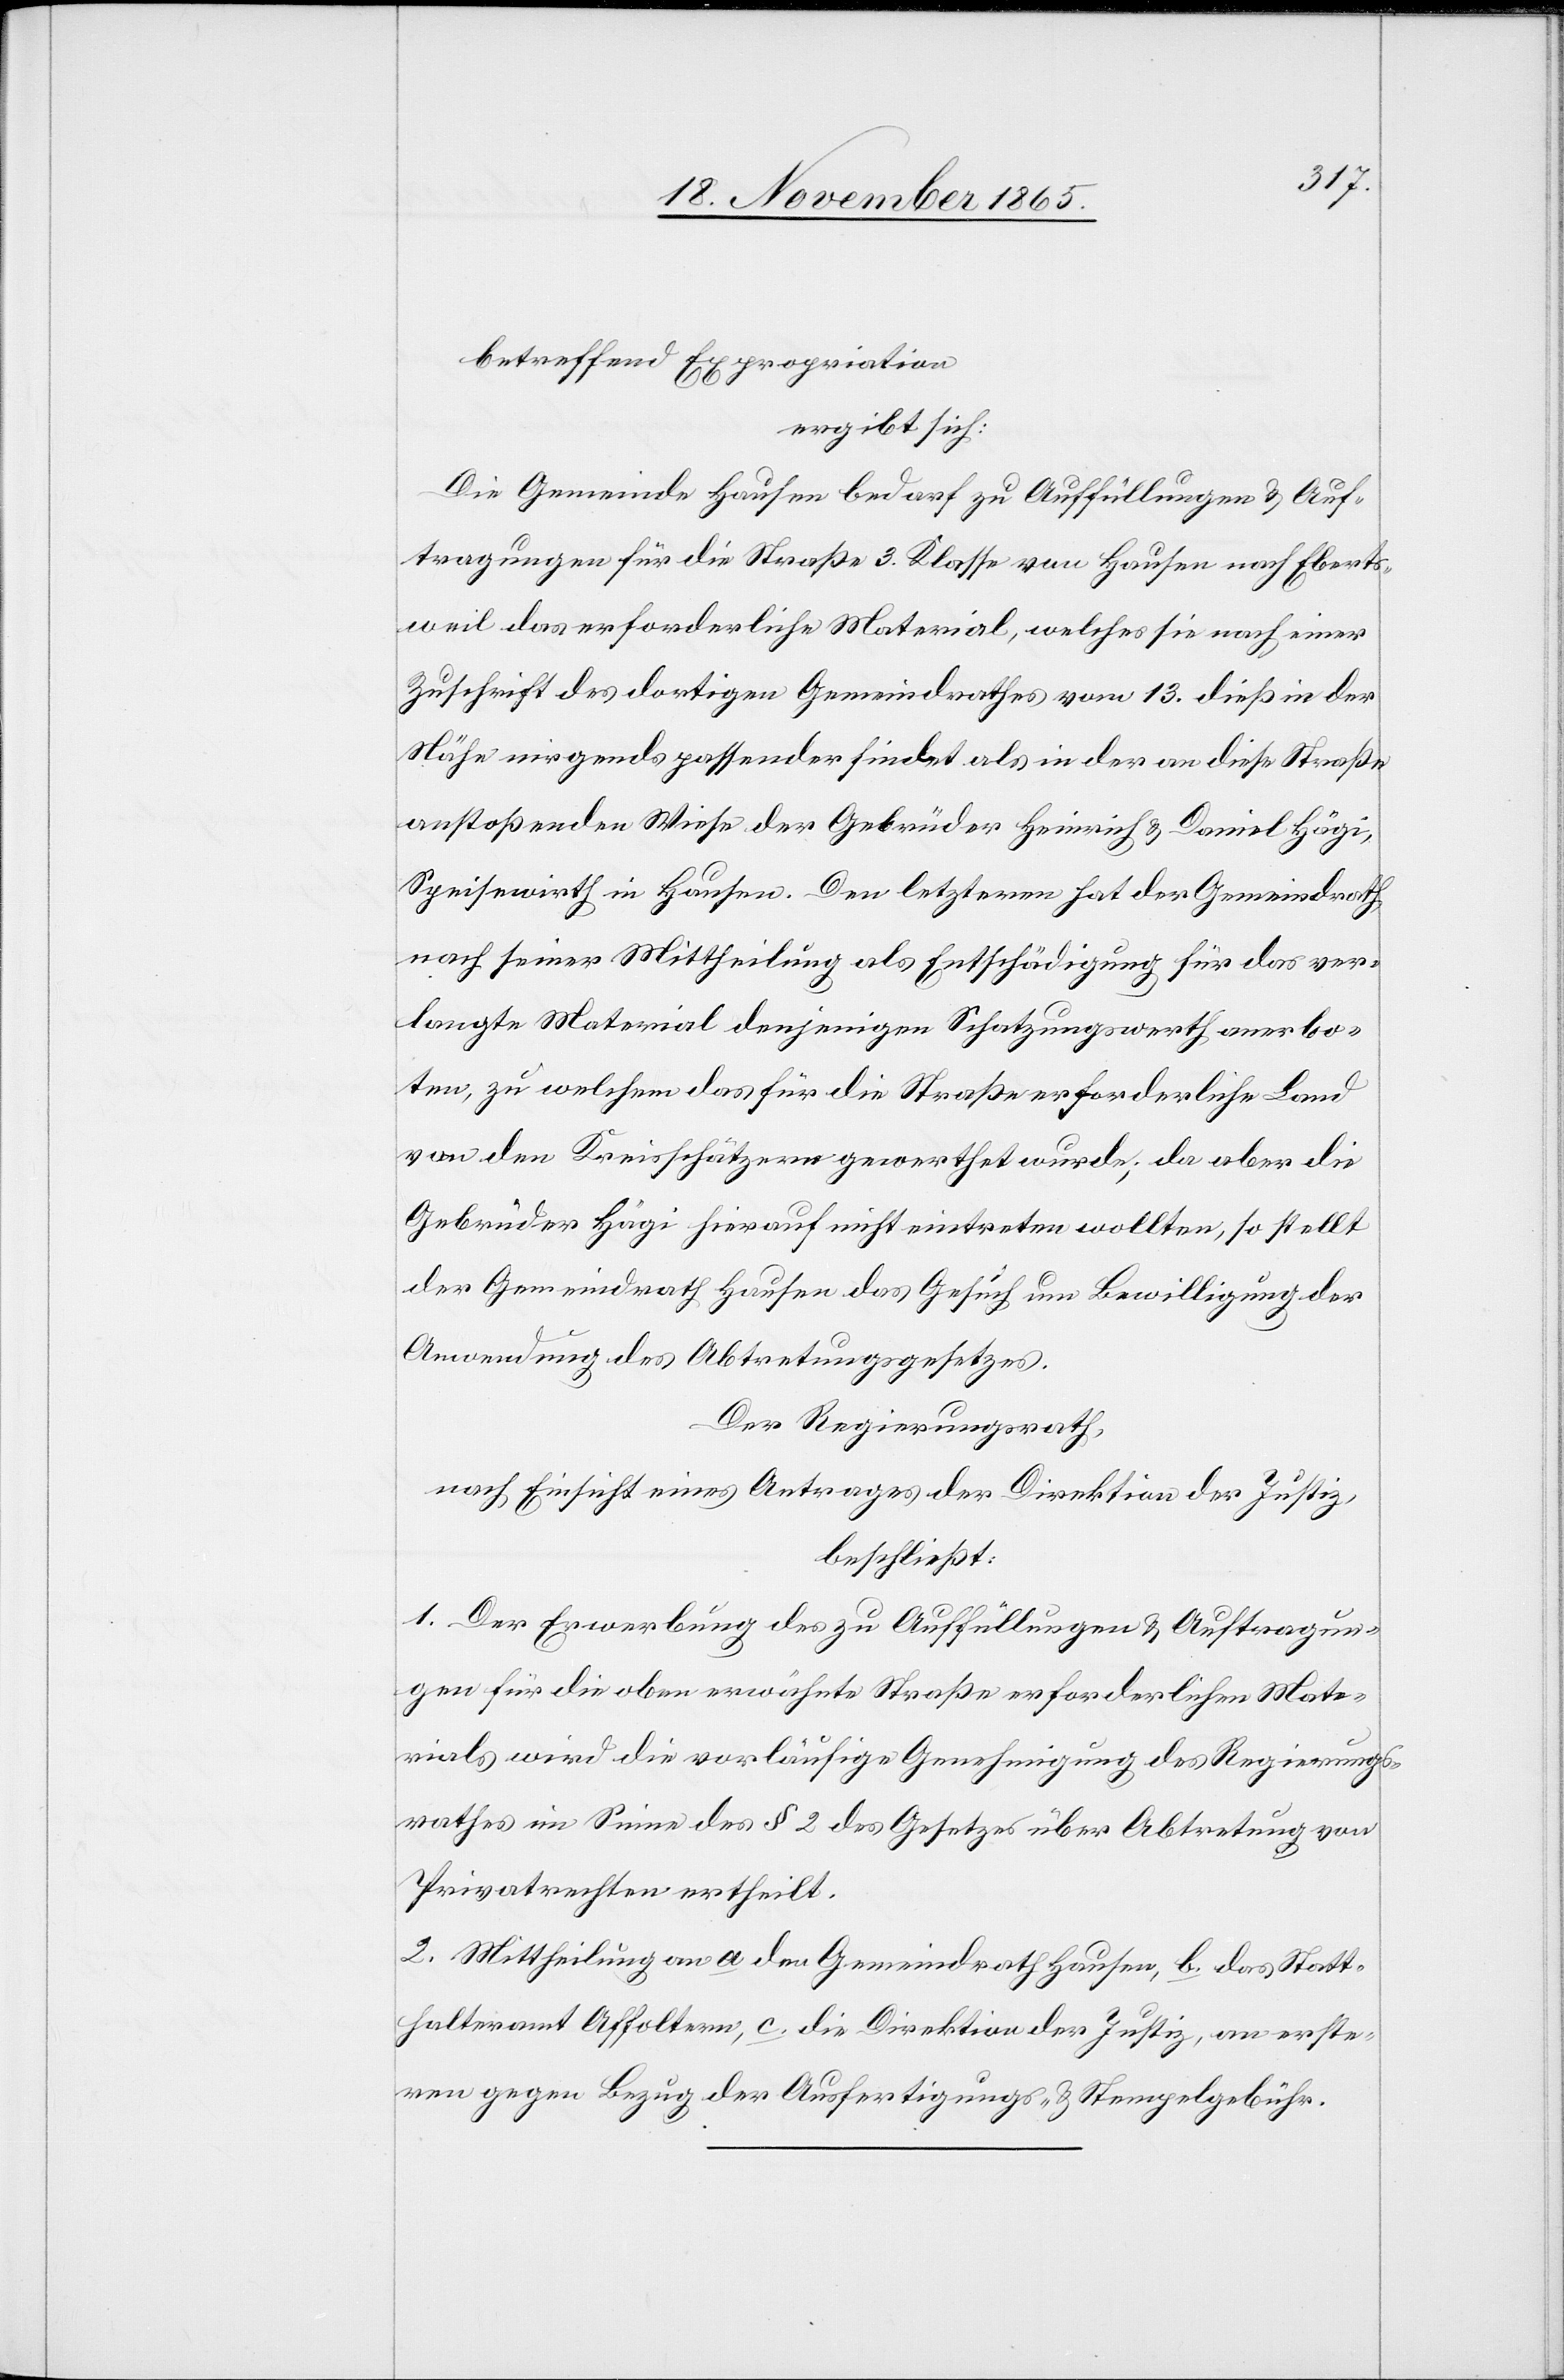
betreffend Expropriation
ergibt sich:
Die Gemeinde Hausen bedarf zu Auffüllungen & Auf¬
tragungen für die Straße 3. Klasse von Hausen nach Eberts¬
weil das erforderliche Material, welches sie nach einer
Zuschrift des dortigen Gemeindrathes vom 13. dieß in der
Nähe nirgends passender findet als in der an diese Straße
anstoßenden Wiese der Gebrüder Heinrich & Daniel Hägi,
Speisewirth in Hausen. Den letzteren hat der Gemeindrath
nach seiner Mittheilung als Entschädigung für das ver¬
langte Material denjenigen Schatzungswerth anerbo¬
ten, zu welchem das für die Straße erforderliche Land
von den Kreisschätzern gewerthet wurde; da aber die
Gebrüder Hägi hierauf nicht eintreten wollten, so stellt
der Gemeindrath Hausen das Gesuch um Bewilligung der
Anwendung des Abtretungsgesetzes.
Der Regierungsrath,
nach Einsicht eines Antrages der Direktion der Justiz,
beschließt:
1. Der Erwerbung des zu Auffüllungen & Auftragun¬
gen für die oben erwähnte Straße erforderlichen Mate¬
rials wird die vorläufige Genehmigung des Regierungs¬
rathes im Sinne des § 2 des Gesetzes über Abtretung von
Privatrechten ertheilt.
2. Mittheilung an a. den Gemeindrath Hausen, b. das Statt¬
halteramt Affoltern, c. die Direktion der Justiz, an erste¬
ren gegen Bezug der Ausfertigungs- & Stempelgebühr.